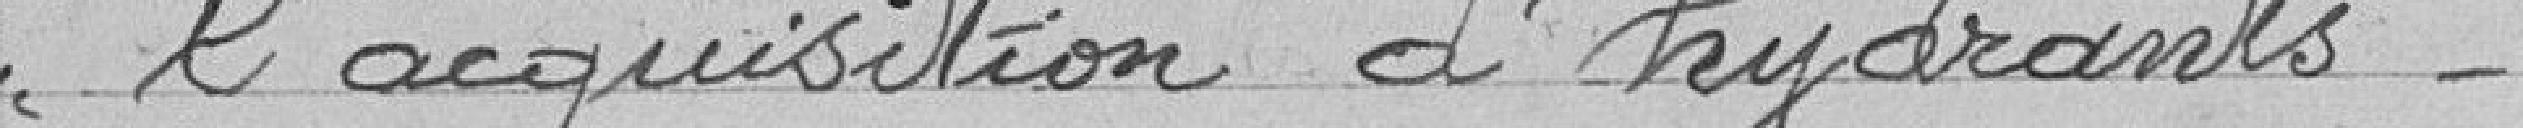
l'acquisition d'hydrants